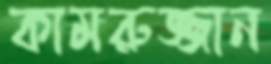
কামরুজ্জান